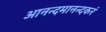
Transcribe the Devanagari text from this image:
आनन्दमानन्दकरं